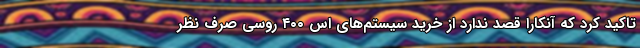
تاکید کرد که آنکارا قصد ندارد از خرید سیستم‌های اس ۴۰۰ روسی صرف نظر